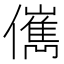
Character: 㒞